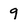
Character: 9